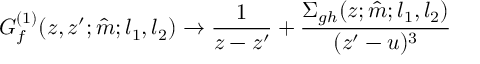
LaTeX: G _ { f } ^ { ( 1 ) } ( z , z ^ { \prime } ; \hat { m } ; l _ { 1 } , l _ { 2 } ) \to \frac { 1 } { z - z ^ { \prime } } + \frac { \Sigma _ { g h } ( z ; \hat { m } ; l _ { 1 } , l _ { 2 } ) } { ( z ^ { \prime } - u ) ^ { 3 } }